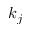
k _ { j }